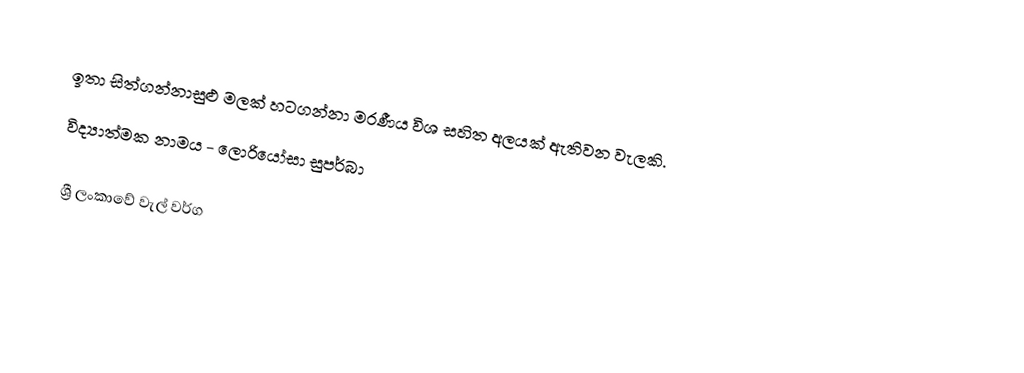
ඉතා සිත්ගන්නාසුළු මලක් හටගන්නා මරණීය විශ සහිත අලයක් ඇතිවන වැලකි.
විද්‍යාත්මක නාමය - ලොරියෝසා සුපර්බා

ශ්‍රී ලංකාවේ වැල් වර්ග